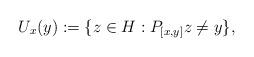
LaTeX: \begin{align*}U_{x}(y):=\{z \in H: P_{[x,y]} z \neq y\} ,\end{align*}